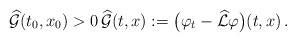
\begin{align*}\widehat{\mathcal{G}}(t_0,x_0)>0\, \widehat{\mathcal{G}}(t,x) := \big(\varphi_t-\widehat{\mathcal{L}}\varphi\big)(t,x)\,.\end{align*}